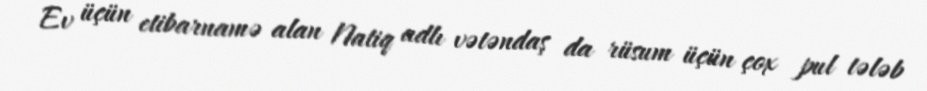
Ev üçün etibarnamə alan Natiq adlı vətəndaş da rüsum üçün çox pul tələb